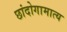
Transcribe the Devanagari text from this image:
छांदोगामात्य